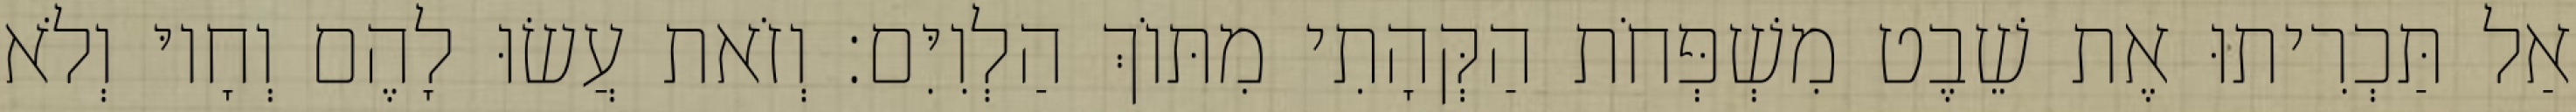
אַל תַּכְרִיתוּ אֶת שֵׁבֶט מִשְׁפְּחֹת הַקְּהָתִי מִתּוֹךְ הַלְוִיִּם׃ וְזֹאת עֲשׂוּ לָהֶם וְחָיוּ וְלֹא